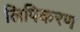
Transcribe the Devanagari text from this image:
लिपिकरण